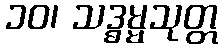
၁၀၊ သဒ္ဓမ္မသုတ္တ